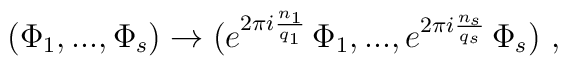
(\Phi_1,...,\Phi_s) \rightarrow (e^{2 \pi i {n_1\over q_1}}\,      \Phi_1,...,e^{2 \pi i {n_s\over q_s}}\, \Phi_s)~,